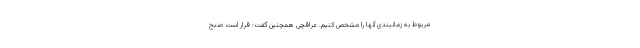
مربوط به زمانبندی آنها را مشخص کنیم. عراقچی همچنین گفت: قرار است صبح